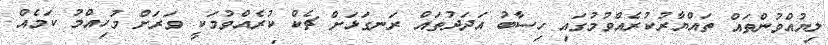
ލިޔުއްވުންތައް ތައްޔާރުކުރެއްވުމުގައި ހިސާބު އަދަދުތައް ރަނގަޅަށް ޗެކް ކުރެއްވުމަކީ ވަރަށް މުހިއްމު ކަމެއް